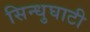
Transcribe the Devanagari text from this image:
सिन्‍धुघाटी